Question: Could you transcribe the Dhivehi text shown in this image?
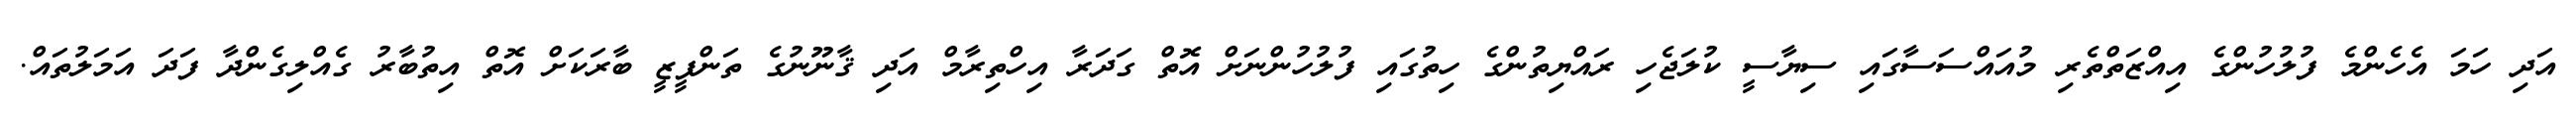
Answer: އަދި ހަމަ އެހެންމެ ފުލުހުންގެ އިއްޒަތްތެރި މުއައްސަސާގައި ސިޔާސީ ކުލަޖެހި ރައްޔިތުންގެ ހިތުގައި ފުލުހުންނަށް އޮތް ގަދަރާ އިހްތިރާމް އަދި ޤާނޫނުގެ ތަންފީޒީ ބާރަކަށް އޮތް އިތުބާރު ގެއްލިގެންދާ ފަދަ އަމަލުތައް.